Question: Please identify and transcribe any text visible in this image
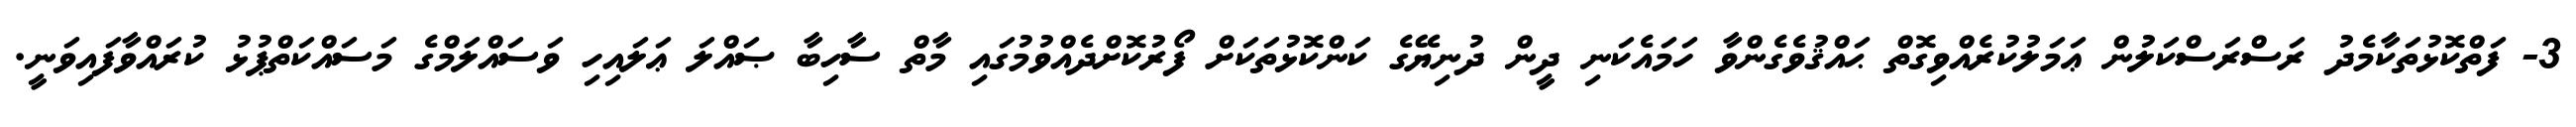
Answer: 3- ފަތްކޮޅުތަކާމެދު ރަސްރަސްކަލުން ޢަމަލުކުރެއްވިގޮތް ޙައްޤުވެގެންވާ ހަމައެކަނި ދީން ދުނިޔޭގެ ކަންކޮޅުތަކަށް ފޯރުކޮށްދެއްވުމުގައި މާތް ސާހިބާ ޞައްލަ ޢަލައިހި ވަސައްލަމްގެ މަސައްކަތްޕުޅު ކުރައްވާފައިވަނީ.